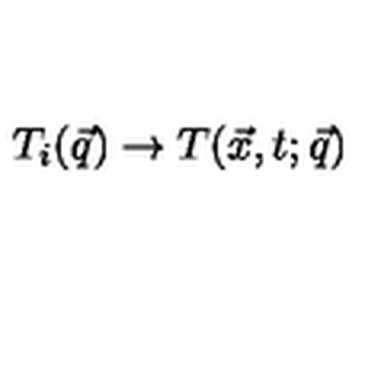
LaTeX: T _ { i } ( \vec { q } ) \to T ( \vec { x } , t ; \vec { q } )